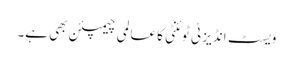
ویسٹ انڈیز ٹی ٹوئنٹی کا عالمی چیمپئن بھی ہے۔